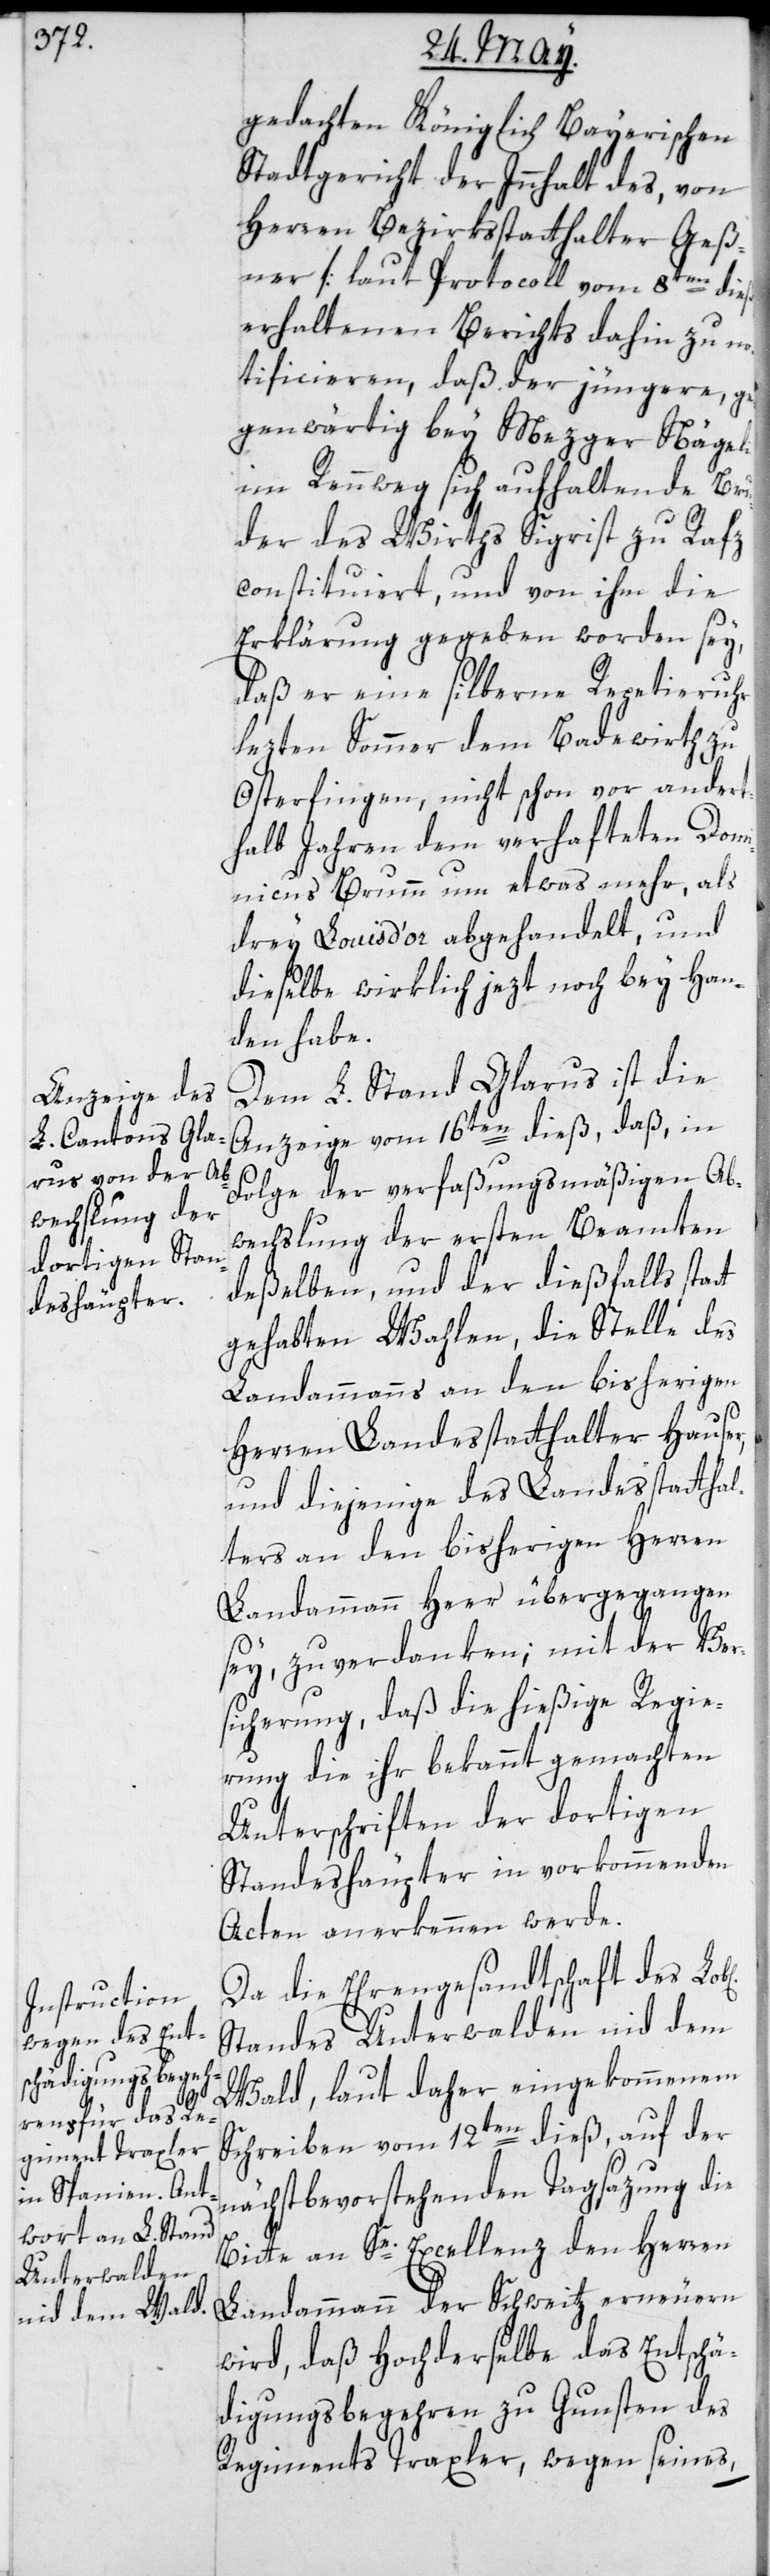
tt

gedachten Königlich Bayerischen
Stadtgericht der Innhalt des, von
Herren Bezirksstatthalter Geß¬
ner [laut Protocoll vom 8ten dieß]
erhaltenen Berichts dahin zu no¬
tificieren, daß der jüngere, ge¬
genwärtig bey Mezger Nägeli
im Rennweg sich aufhaltende Bru¬
der des Wirths Sigrist zu Rafz
constituiert, und von ihm die
Erklärung gegeben worden sey,
daß er eine silberne Repetieruhr
lezten Sommer dem Badewirth zu
Osterfingen, nicht schon vor andert¬
halb Jahren, dem verhafteten Dom¬
inicus Brumm um etwas mehr als
drey Louis d’or abgehandelt, und
dieselbe wirklich jezt noch bey Han¬
den habe.
Dem L. Stand Glarus ist die
Anzeige vom 16ten dieß, daß, in
Folge der verfaßungsmäßigen Ab¬
wechslung der ersten Beamten
deßelben, und der dießfalls sta¬
gehabten Wahlen, die Stelle des
Landammanns an den bisherigen
Herren Landesstatthalter Hauser,
und diejenige des Landesstatthal¬
ters an den bisherigen Herren
Landammann Heer übergegangen
sey, zu verdanken; mit der Ver¬
sicherung, daß die hießige Regie¬
rung die ihr bekannt gemachten
Unterschriften der dortigen
Standeshäupter in vorkommenden
Acten anerkennen werde.
Da die Ehrengesandtschaft des
Standes Unterwalden nid dem
Wald, laut daher eingekommenem
Schreiben vom 12ten dieß, auf der
nächstbevorstehenden Tagsazung die
Bitte an Se. Excellenz den Herren
Landammann der Schweitz erneuern
wird, daß Hochderselbe das Entschä¬
digungsbegehren zu Gunsten des
Regiments Traxler, wegen seines,